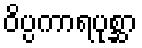
ဝိပ္ပကာရပုစ္ဆာ